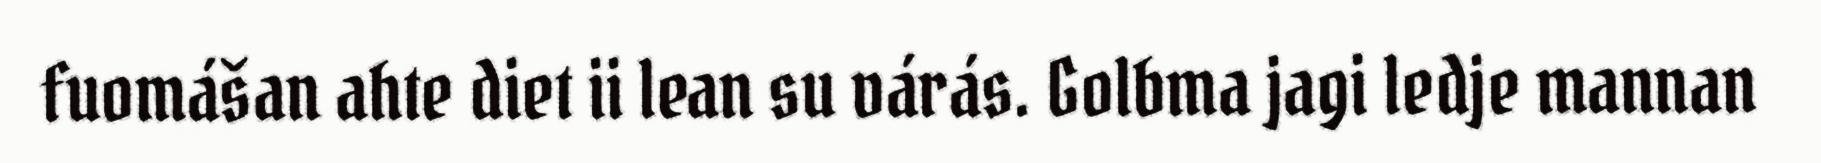
fuomášan ahte diet ii lean su várás. Golbma jagi ledje mannan